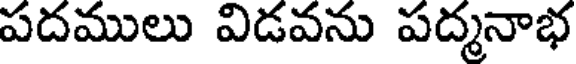
పదములు విడవను పద్మనాభ